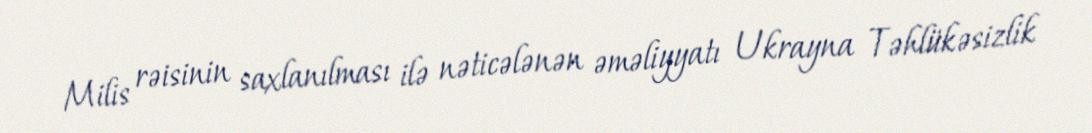
Milis rəisinin saxlanılması ilə nəticələnən əməliyyatı Ukrayna Təhlükəsizlik